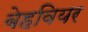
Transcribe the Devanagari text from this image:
बेहवियर